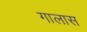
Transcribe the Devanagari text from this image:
गालास